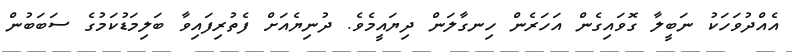
އެއްދުވަހަކު ނަބީލާ ގޮވައިގެން އަހަރެން ހިނގާލަން ދިޔައީމެވެ. ދުނިޔެއަށް ފެތުރިފައިވާ ބަލިމަޑުކަމުގެ ސަބަބުން